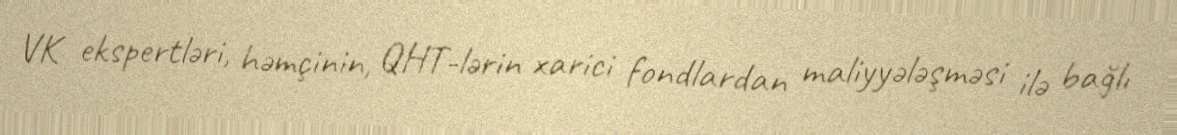
VK ekspertləri, həmçinin, QHT-lərin xarici fondlardan maliyyələşməsi ilə bağlı